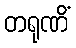
တရုဏိံ